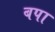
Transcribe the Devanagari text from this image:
बपा